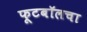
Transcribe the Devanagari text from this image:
फूटबॉलचा